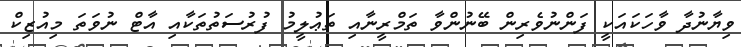
ވިޔާނުދާ ވާހަކައަކީ ފަންނުވެރިން ބޭނުންވާ ތަމްރީނާއި ތަޢުލީމު ފުރުސަތުތަކާއި އާޓް ނުވަތަ މިއުޒިކް